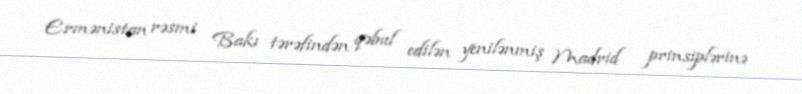
Ermənistan rəsmi Bakı tərəfindən qəbul edilən yenilənmiş Madrid prinsiplərinə